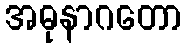
အဓုနာဂတော